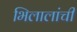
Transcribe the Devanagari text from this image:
भिलालांची